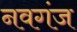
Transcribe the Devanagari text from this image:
नवगंज